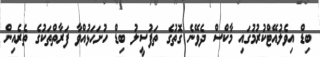
ބިޑް އިވެލުއޭޓްކުރުމުގައި މާކްސް ދެވޭނެ ގޮތުގެ ތަފުސީލު ބިޑް ހުށަހަޅުއްވާ ފަރާތްތަކުގެ ތެރެއިން